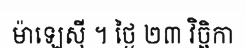
ម៉ាឡេស៊ី ។ ថ្ងៃ ២៣ វិច្ឆិកា